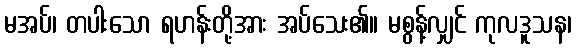
မအပ်၊ တပါးသော ရဟန်းတို့အား အပ်သေး၏။ မစွန့်လျှင် ကုလဒူသန၊